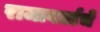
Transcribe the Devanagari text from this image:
राजावर्ताचे